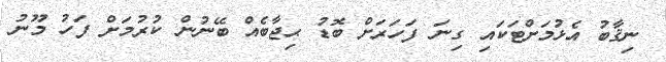
ނިޤާބު އެޅުމަށްޓަކައި ގިނަ ފަހަރަށް ބޮޑު ޙިޖާބެއް ބޭނުން ކުރުމަށް ފަހު މޫނު